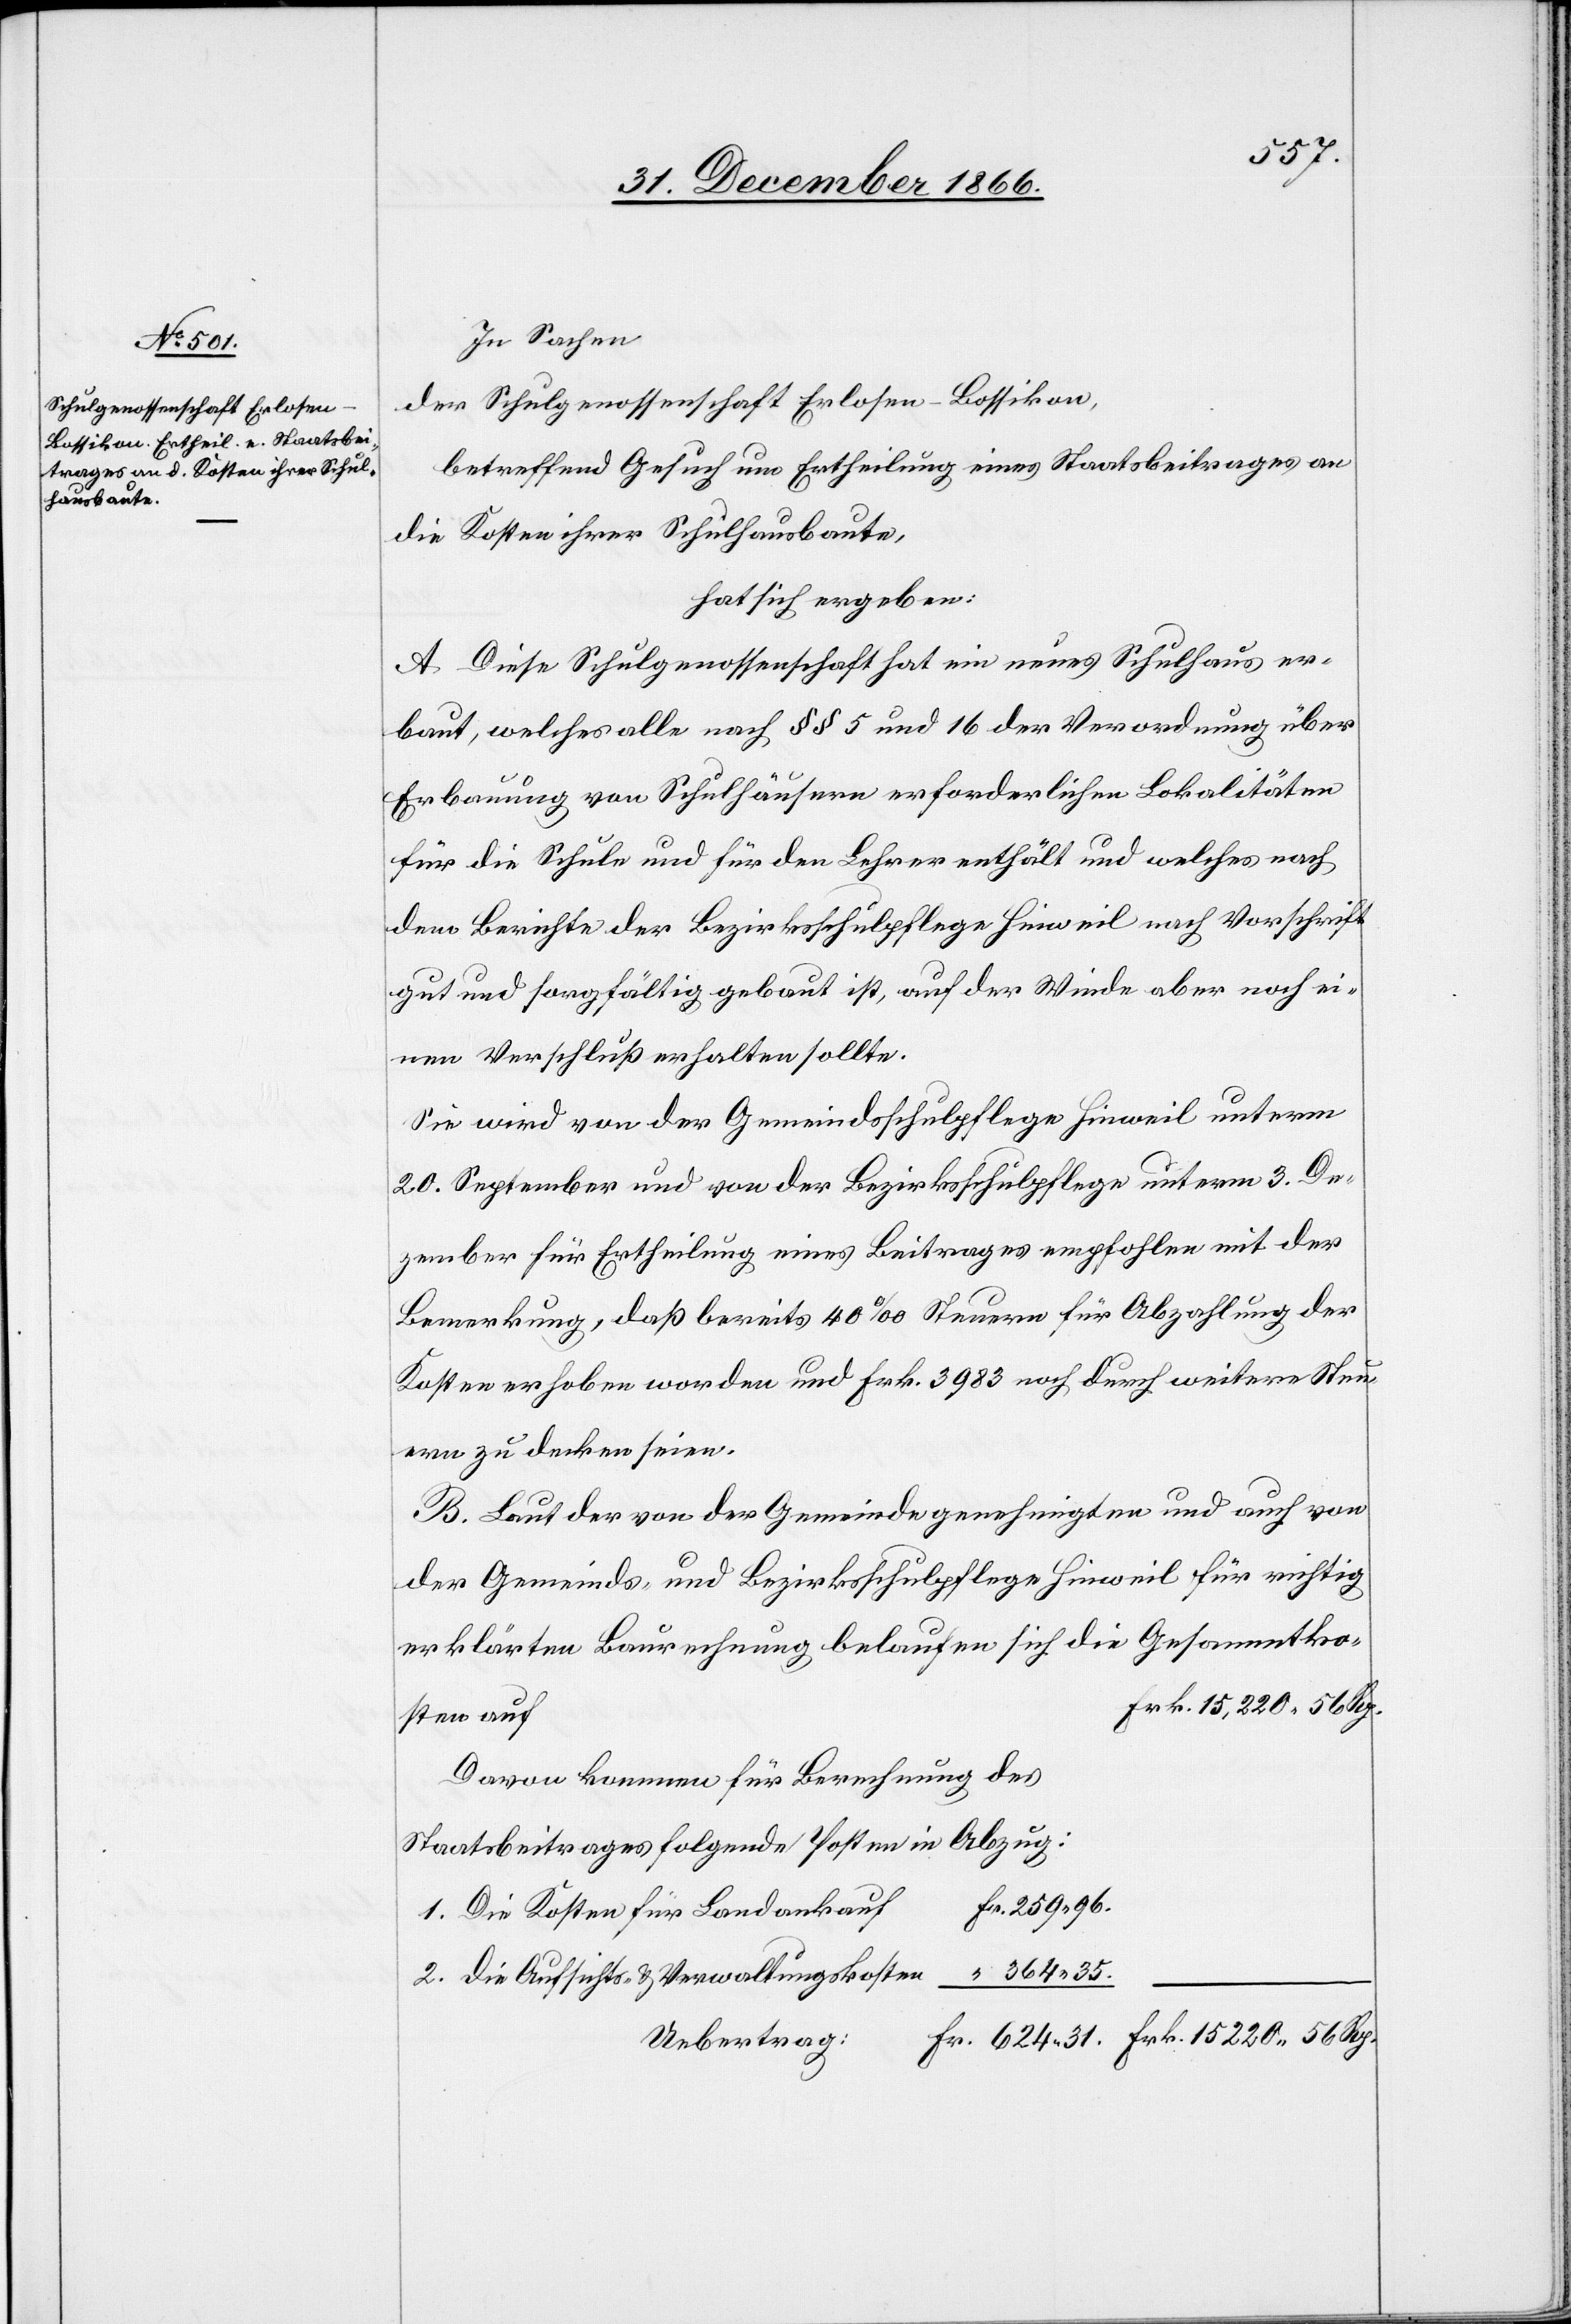
In Sachen
der Schulgenossenschaft Erlosen-Bossikon,
betreffend Gesuch um Ertheilung eines Staatsbeitrages an
die Kosten ihrer Schulhausbaute,
hat sich ergeben:
A. Diese Schulgenossenschaft hat ein neues Schulhaus er¬
baut, welches alle nach § § 5 und 16 der Verordnung über
Erbauung von Schulhäusern erforderlichen Lokalitäten
für die Schule und für den Lehrer enthält und welches nach
dem Berichte der Bezirksschulpflege Hinweil nach Vorschrift
gut und sorgfältig gebaut ist, auf der Winde aber noch ei¬
nen Verschluß erhalten sollte.
Sie wird von der Gemeindsschulpflege Hinweil unterm
20. September und von der Bezirksschulpflege unterm 3. De¬
zember für Ertheilung eines Beitrages empfohlen mit der
Bemerkung, daß bereits 40 ‰ Steuern für Abzahlung der
Kosten erhoben worden und Frk. 3983 noch durch weitere Steu¬
ern zu decken seien.
B. Laut der von der Gemeinde genehmigten und auch von
der Gemeinds- und Bezirksschulpflege Hinweil für richtig
erklärten Baurechnung belaufen sich die Gesammtko¬
sten auf
Davon kommen für Berechnung des
Staatsbeitrages folgende Posten in Abzug:
1. Die Kosten für Landankauf
2. Die Aufsichts- & Verwaltungskosten
Uebertrag: